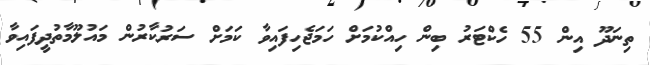
ތިނަދޫ އިން 55 ހެކްޓަރު ބިން ހިއްކުމަށް ހަމަޖެހިފައިވާ ކަމަށް ސަރުކާރުން މައުލޫމާތުދީފައިވާ